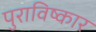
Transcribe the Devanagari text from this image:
पुराविष्कार